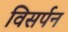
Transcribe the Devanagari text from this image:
विसर्पन